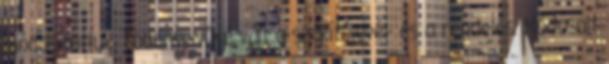
módosítottuk. Többnyelvűvé vált a szállítólevél- és a rendelés. Módosult